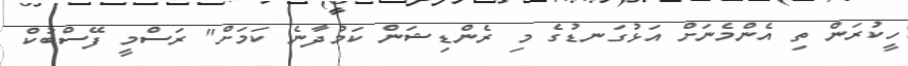
ހީކުރަން ތި އެންމެނަށް އަޅުގަނޑުގެ މި ރެންޑިޝަން ކަމުދާނެ ކަމަށް" ރަސްމީ ފޭސްބުކް